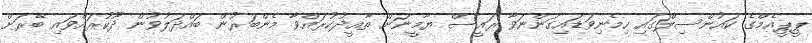
ޕީޕީއެމްގެ ކައުންސިލްގައި ހިމެނިވަޑައިގަންނަވާ ރައީސް ޔާމީނަށް ތާއީދުކުރައްވާ މެންބަރުން ބައްދަލުވުން ދޫކުރައްވައި ބޭރަށް